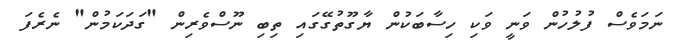
ނަމަވެސް ފުލުހުން ވަނީ ވަކި ހިސާބަކުން ޔާގޫތުގޭގައި ތިބި ނޫސްވެރިން "ގަދަކަމުން" ނެރެފަ